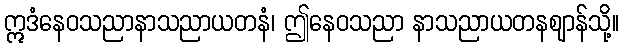
ဣဒံနေဝသညာနာသညာယတနံ၊ ဤနေဝသညာ နာသညာယတနဈာန်သို့။